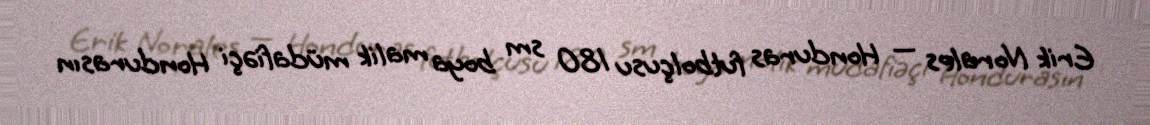
Erik Norales — Honduras futbolçusu 180 sm boya malik müdafiəçi Hondurasın